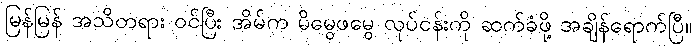
မြန်မြန် အသိတရား ဝင်ပြီး အိမ်က မိမွေဖမွေ လုပ်ငန်းကို ဆက်ခံဖို့ အချိန်ရောက်ပြီ။